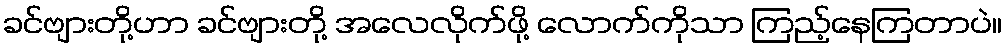
ခင်ဗျားတို့ဟာ ခင်ဗျားတို့ အလေလိုက်ဖို့ လောက်ကိုသာ ကြည့်နေကြတာပဲ။